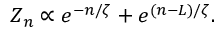
Z _ { n } \propto e ^ { - n / \zeta } + e ^ { ( n - L ) / \zeta } .